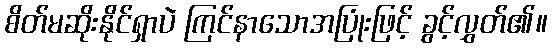
စိတ်မဆိုးနိုင်ရှာပဲ ကြင်နာသောအပြုံးဖြင့် ခွင့်လွှတ်၏။